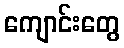
ကျောင်းတွေ